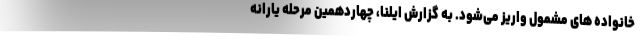
خانواده های مشمول واریز می‌شود. به گزارش ایلنا، چهاردهمین مرحله یارانه